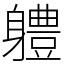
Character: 軆